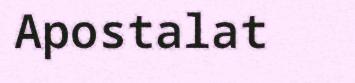
Apostalat